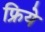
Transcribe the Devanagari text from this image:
फ्रिये